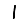
Digit: 1